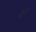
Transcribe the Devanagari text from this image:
फ्लैज